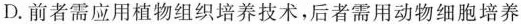
D.前者需应用植物组织培养技术，后者需用动物细胞培养